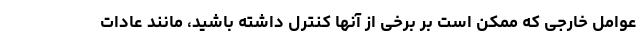
عوامل خارجی که ممکن است بر برخی از آنها کنترل داشته باشید، مانند عادات